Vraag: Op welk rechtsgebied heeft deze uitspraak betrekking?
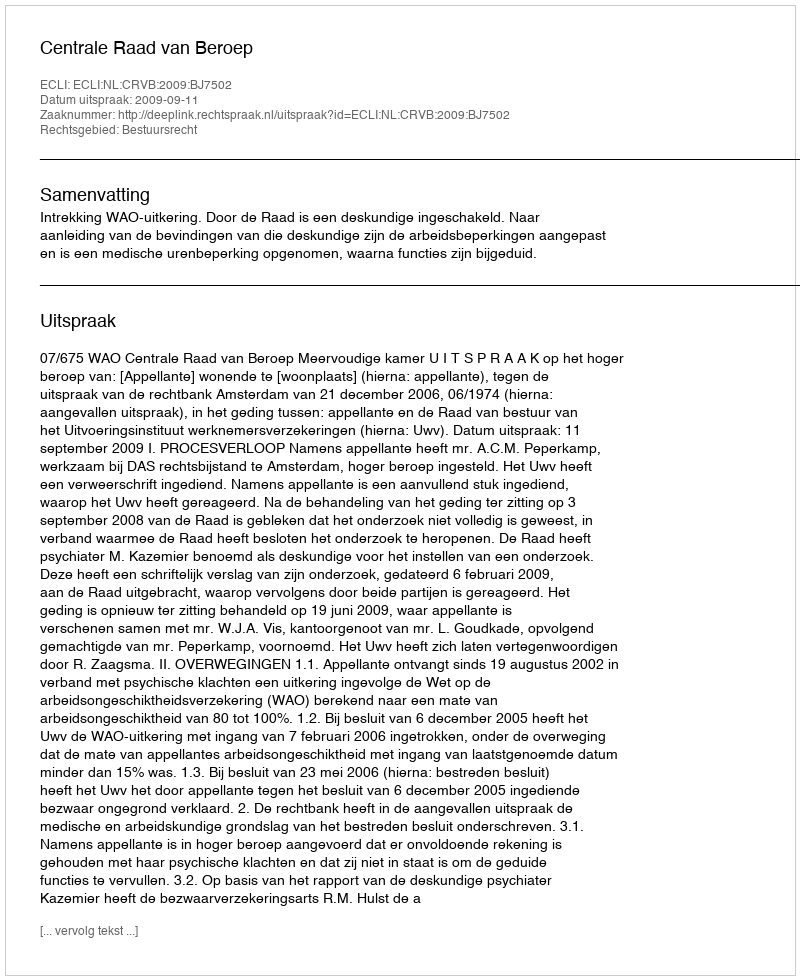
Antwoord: Bestuursrecht